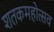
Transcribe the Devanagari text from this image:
शतकमहोत्सव